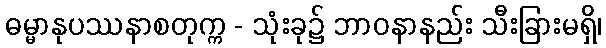
ဓမ္မာနုပဿနာစတုက္က - သုံးခု၌ ဘာဝနာနည်း သီးခြားမရှိ၊